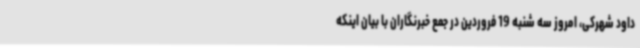
داود شهرکی، امروز سه شنبه 19 فروردین در جمع خبرنگاران با بیان اینکه